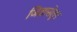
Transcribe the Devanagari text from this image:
जिज्ञासेतून